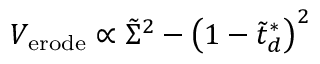
V _ { \mathrm { { e r o d e } } } \propto \tilde { \Sigma } ^ { 2 } - \left( 1 - \tilde { { t } } _ { d } ^ { * } \right) ^ { 2 }